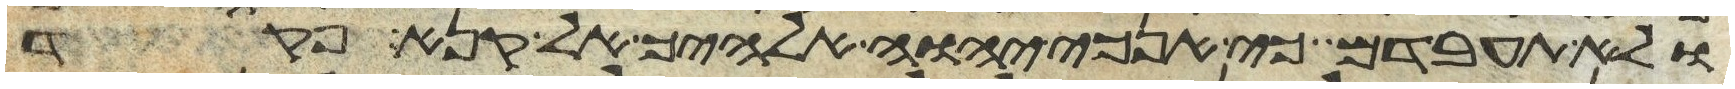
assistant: ולא תעבדם כי אנכי יהוה אלהיך אל קנא פקד